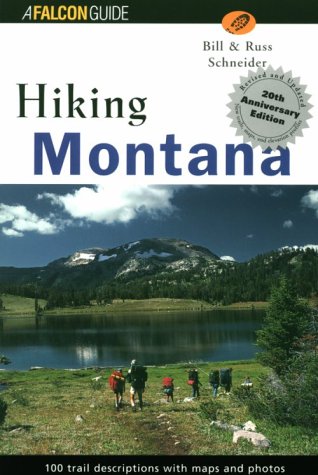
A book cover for Hiking Montana 20th Anniversary Edition (State Hiking Guides Series); Bill Schneider; Travel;